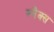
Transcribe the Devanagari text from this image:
स्‍नैक्‍स